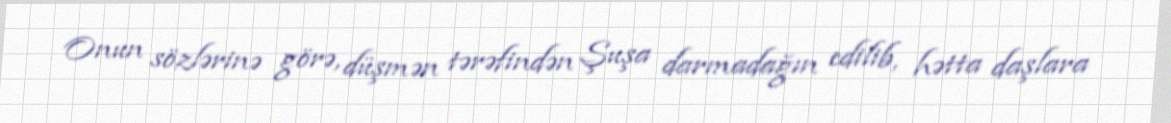
Onun sözlərinə görə, düşmən tərəfindən Şuşa darmadağın edilib, hətta daşlara